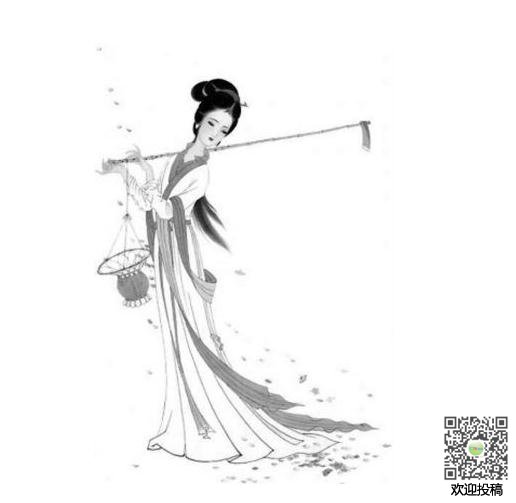
西门秦氏女，秀色如琼花。